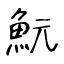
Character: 魭